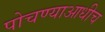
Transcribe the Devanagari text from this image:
पोचण्याआधीच